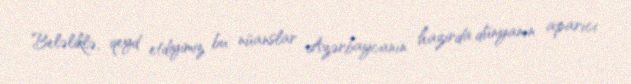
Beləliklə, qeyd etdiyimiz bu nüanslar Azərbaycanın hazırda dünyanın aparıcı